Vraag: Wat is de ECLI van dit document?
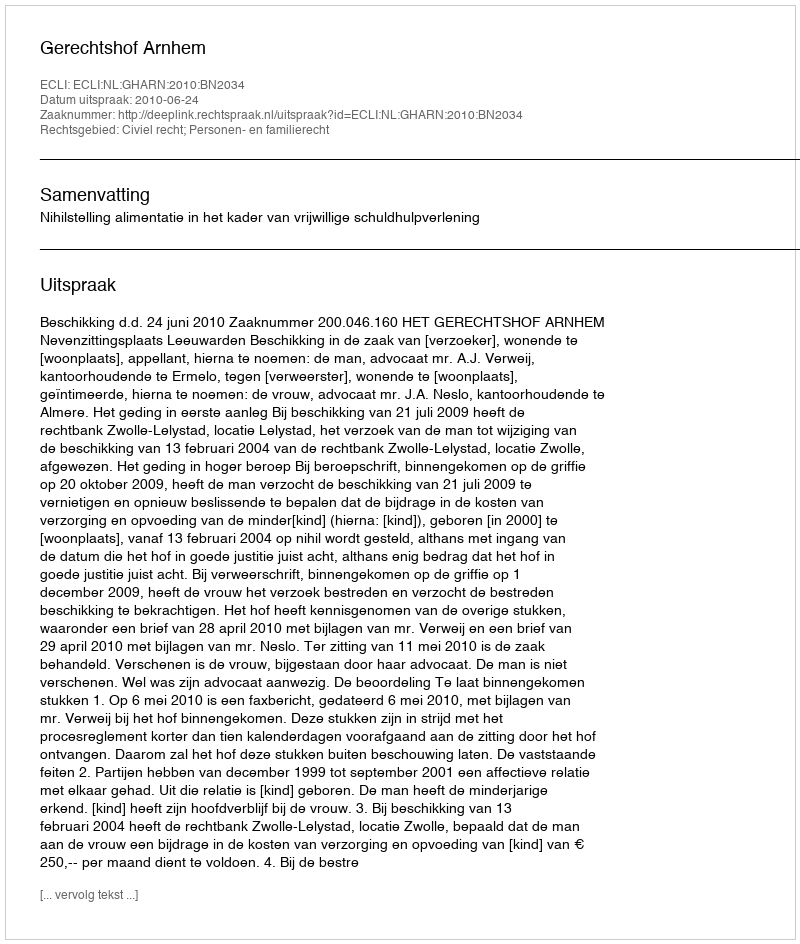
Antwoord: ECLI:NL:GHARN:2010:BN2034